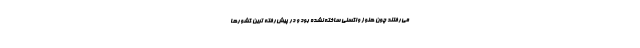
می‌رفتند چون هنوز واکسنی ساخته نشده بود و در پیش‌رفته ترین کشورها